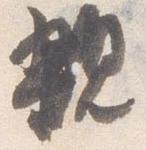
親